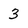
Character: 3